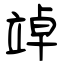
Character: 竨